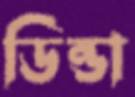
ডিন্ডা